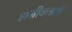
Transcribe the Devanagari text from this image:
शमीकऋषी